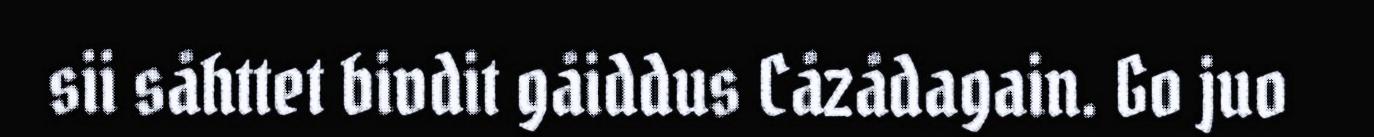
sii såhttet bivdit gåiddus Cåzådagain. Go juo